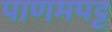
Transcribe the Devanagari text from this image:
पाणमपट्ट